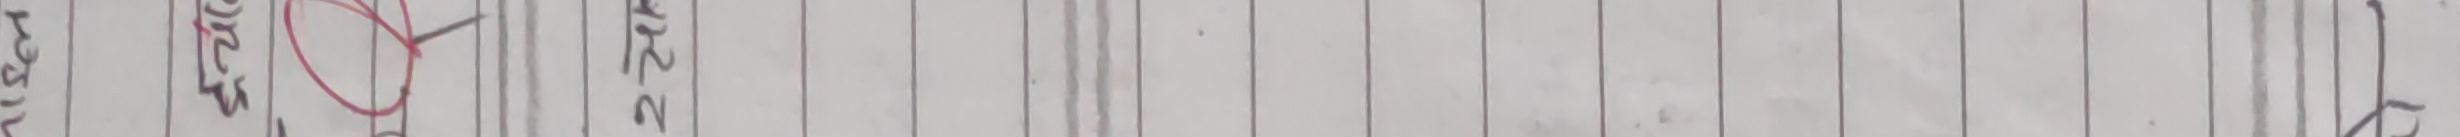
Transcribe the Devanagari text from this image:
संज्ञा स्वर्ण २२ क